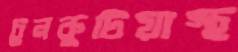
চুনকুটিয়াস্থ